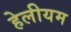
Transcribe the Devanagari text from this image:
हेलीयम